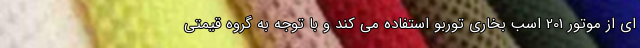
ای از موتور 201 اسب بخاری توربو استفاده می کند و با توجه به گروه قیمتی